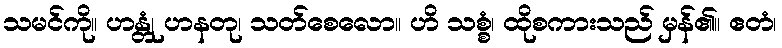
သမင်ကို။ ဟန္တုံ ဟနတု၊ သတ်စေလော။ ဟိ သစ္စံ၊ ထိုစကားသည် မှန်၏။ ဧတံ၊